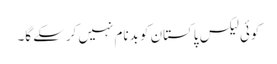
کوئی لیکس پاکستان کو بدنام نہیں کرسکے گا۔